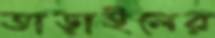
তাড়াইলের